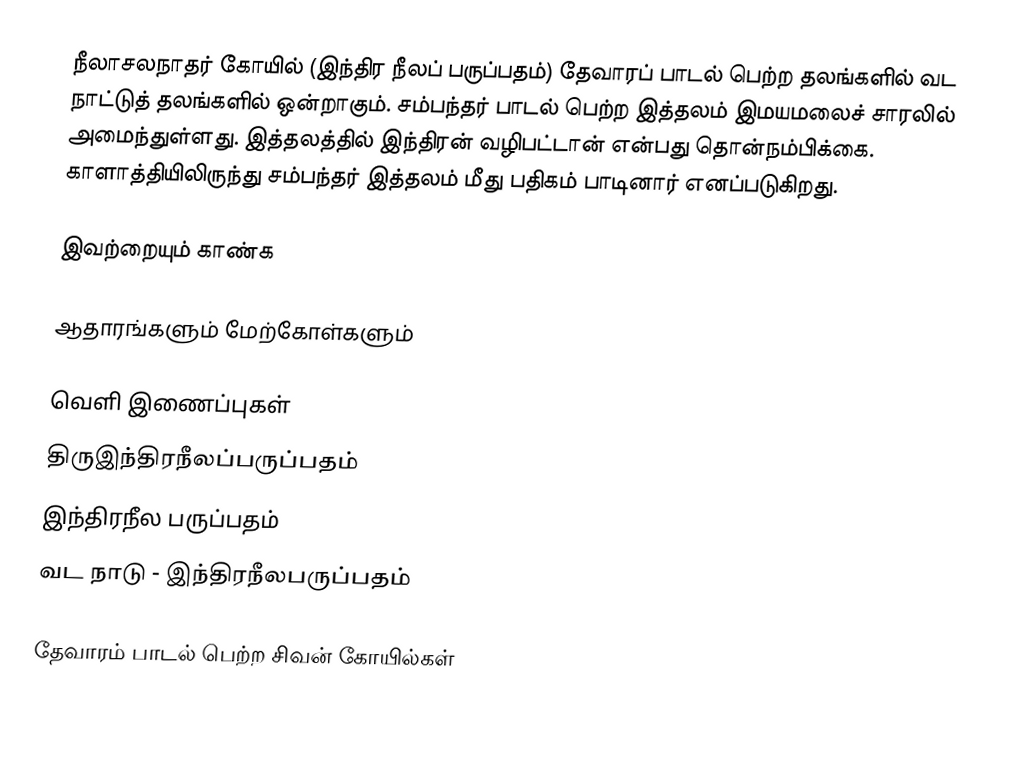
நீலாசலநாதர் கோயில் (இந்திர நீலப் பருப்பதம்) தேவாரப் பாடல் பெற்ற தலங்களில் வட நாட்டுத் தலங்களில் ஒன்றாகும். சம்பந்தர் பாடல் பெற்ற இத்தலம் இமயமலைச் சாரலில் அமைந்துள்ளது. இத்தலத்தில் இந்திரன் வழிபட்டான் என்பது தொன்நம்பிக்கை. காளாத்தியிலிருந்து சம்பந்தர் இத்தலம் மீது பதிகம் பாடினார் எனப்படுகிறது.

இவற்றையும் காண்க

ஆதாரங்களும் மேற்கோள்களும்

வெளி இணைப்புகள்
 திருஇந்திரநீலப்பருப்பதம்
 இந்திரநீல பருப்பதம்
 வட நாடு - இந்திரநீலபருப்பதம்

தேவாரம் பாடல் பெற்ற சிவன் கோயில்கள்